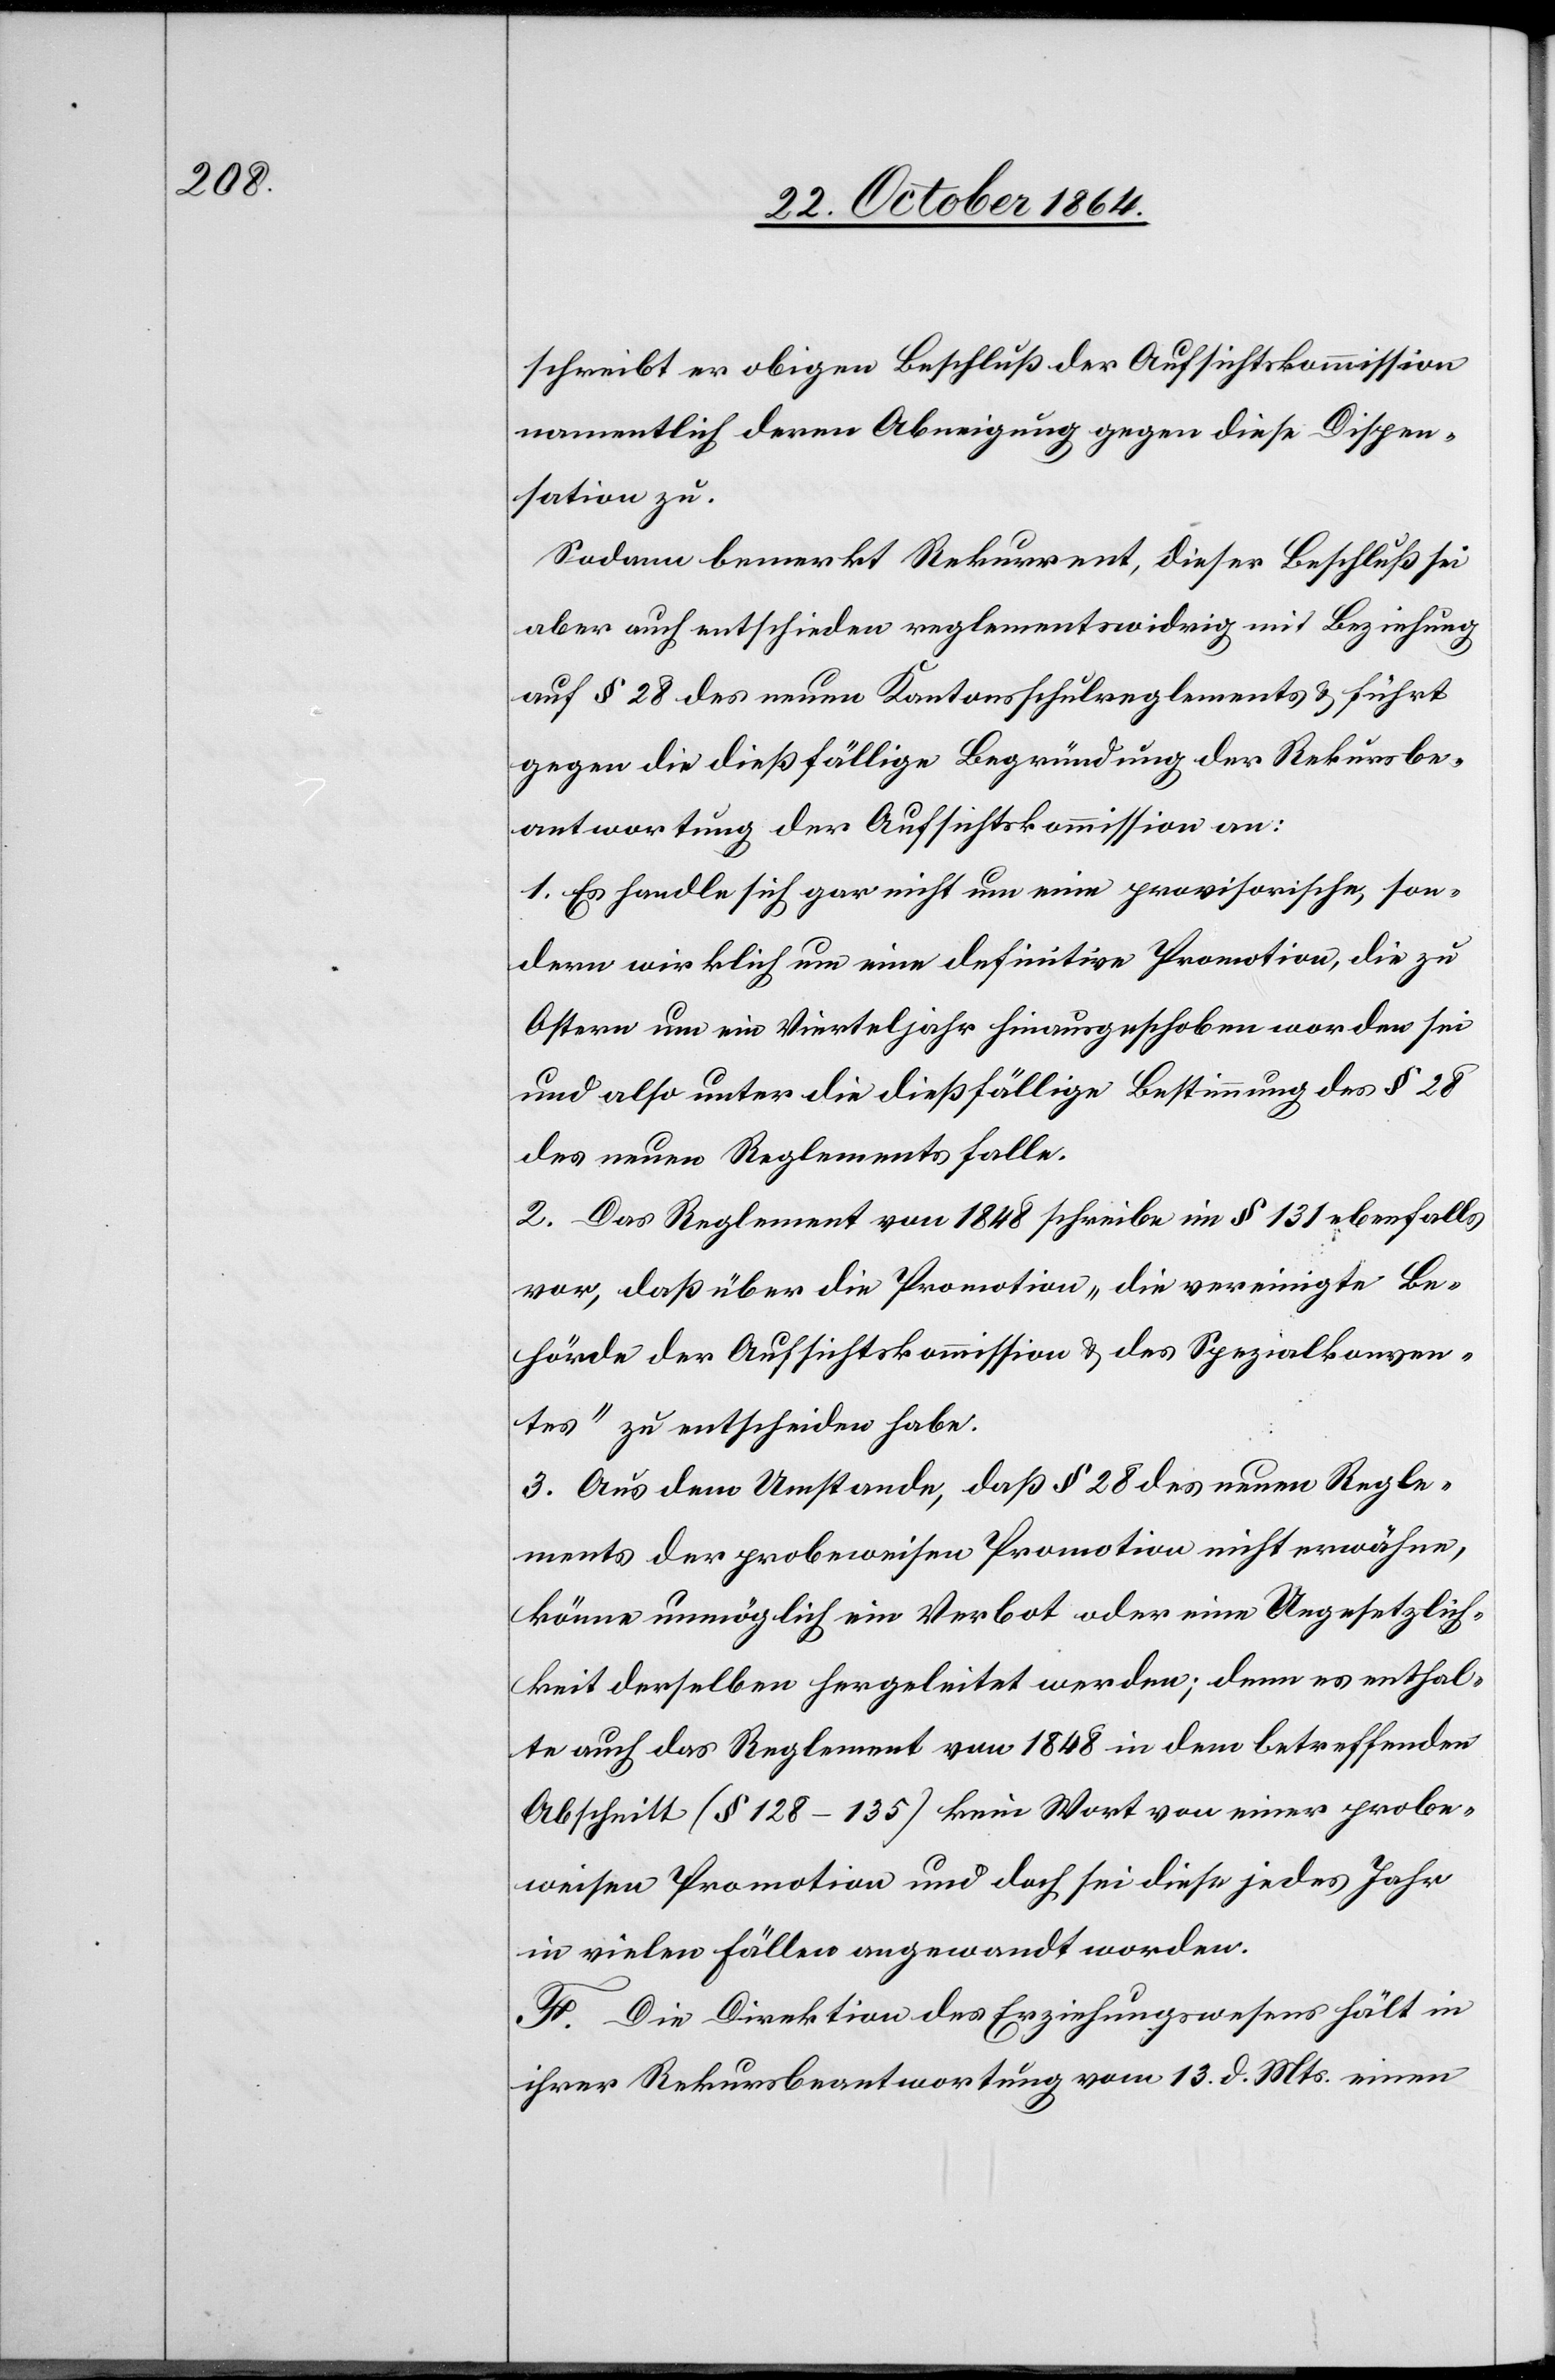
schreibt er obigen Beschluß der Aufsichtskommission
namentlich deren Abneigung gegen diese Dispen¬
sation zu.
Sodann bemerkt Rekurrent, dieser Beschluß sei
aber auch entschieden reglementswidrig mit Beziehung
auf § 28 des neuen Kantonsschulreglements & führt
gegen die dießfällige Begründung der Rekursbe¬
antwortung der Aufsichtskommission an:
1. Es handle sich gar nicht um eine provisorische, son¬
dern wirklich um eine definitive Promotion, die zu
Ostern um ein Vierteljahr hinausgeschoben worden sei
und also unter die dießfällige Bestimmung des § 28
des neuen Reglements falle.
2. Das Reglement von 1848 schreibe in § 131 ebenfalls
vor, daß über die Promotion „die vereinigte Be¬
hörde der Aufsichtskommission & des Spezialkonven¬
tes“ zu entscheiden habe.
3. Aus dem Umstande, daß § 28 des neuen Regle¬
ments der probeweisen Promotion [sic!] nicht erwähne,
könne unmöglich ein Verbot oder eine Ungesetzlich¬
keit derselben hergeleitet werden; denn es enthal¬
te auch das Reglement von 1848 in dem betreffenden
Abschnitt (§ 128–135) kein Wort von einer probe¬
weisen Promotion und doch sei diese jedes Jahr
in vielen Fällen angewandt worden.
F. Die Direktion des Erziehungswesens hält in
ihrer Rekursbeantwortung vom 13. d. Mts. einen